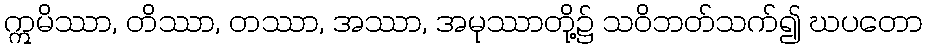
ဣမိဿာ, တိဿာ, တဿာ, အဿာ, အမုဿာတို့၌ သဝိဘတ်သက်၍ ဃပတော